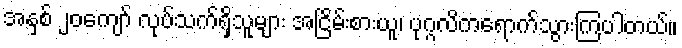
အနှစ် ၂၀ကျော် လုပ်သက်ရှိသူများ အငြိမ်းစားယူ၊ ပုဂ္ဂလိကရောက်သွားကြပါတယ်။